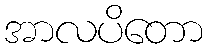
အာလပိတော